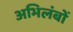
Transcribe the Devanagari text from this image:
अभिलंबों